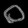
Digit: ၀